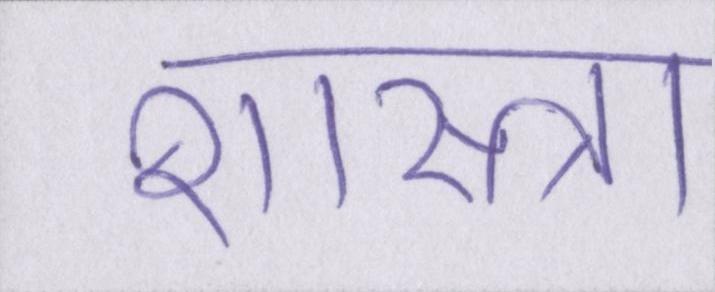
शास्त्रा